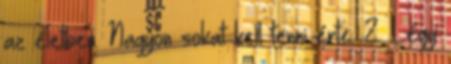
az életben. Nagyon sokat kell tenni érte. 2. Légy